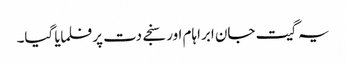
یہ گیت جان ابراہام اور سنجے دت پر فلمایا گیا۔